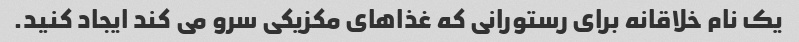
یک نام خلاقانه برای رستورانی که غذاهای مکزیکی سرو می کند ایجاد کنید.